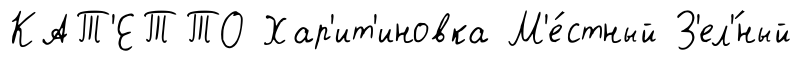
КАТ'ЕТТО Хар'ит'иновка М'е́стный З'ел'́ный